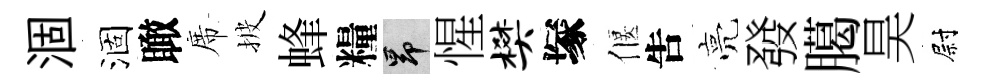
涸涸瞰席披蜂糧昂惺樊塚偃吿亮發臈昊尉